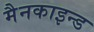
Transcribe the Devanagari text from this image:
मैनकाइन्ड